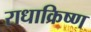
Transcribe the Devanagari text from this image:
राधाक्रिष्ण